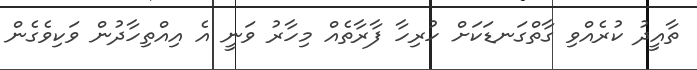
ތާއީދު ކުރެއްވި ގާތްގަނޑަކަށް ހުރިހާ ފާރާތެއް މިހާރު ވަނީ އެ އިއްތިހާދުން ވަކިވެގެން